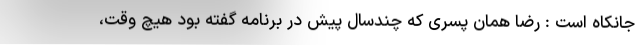
جانکاه است : رضا همان پسری که چندسال پیش در برنامه گفته بود هیچ وقت،